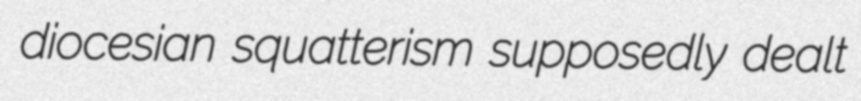
diocesian squatterism supposedly dealt